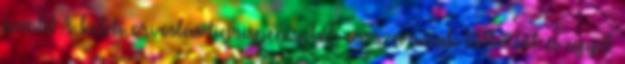
szintet A keleti orvoslás tigrispéniszből, orrszarvúak tülkeiből és egyéb